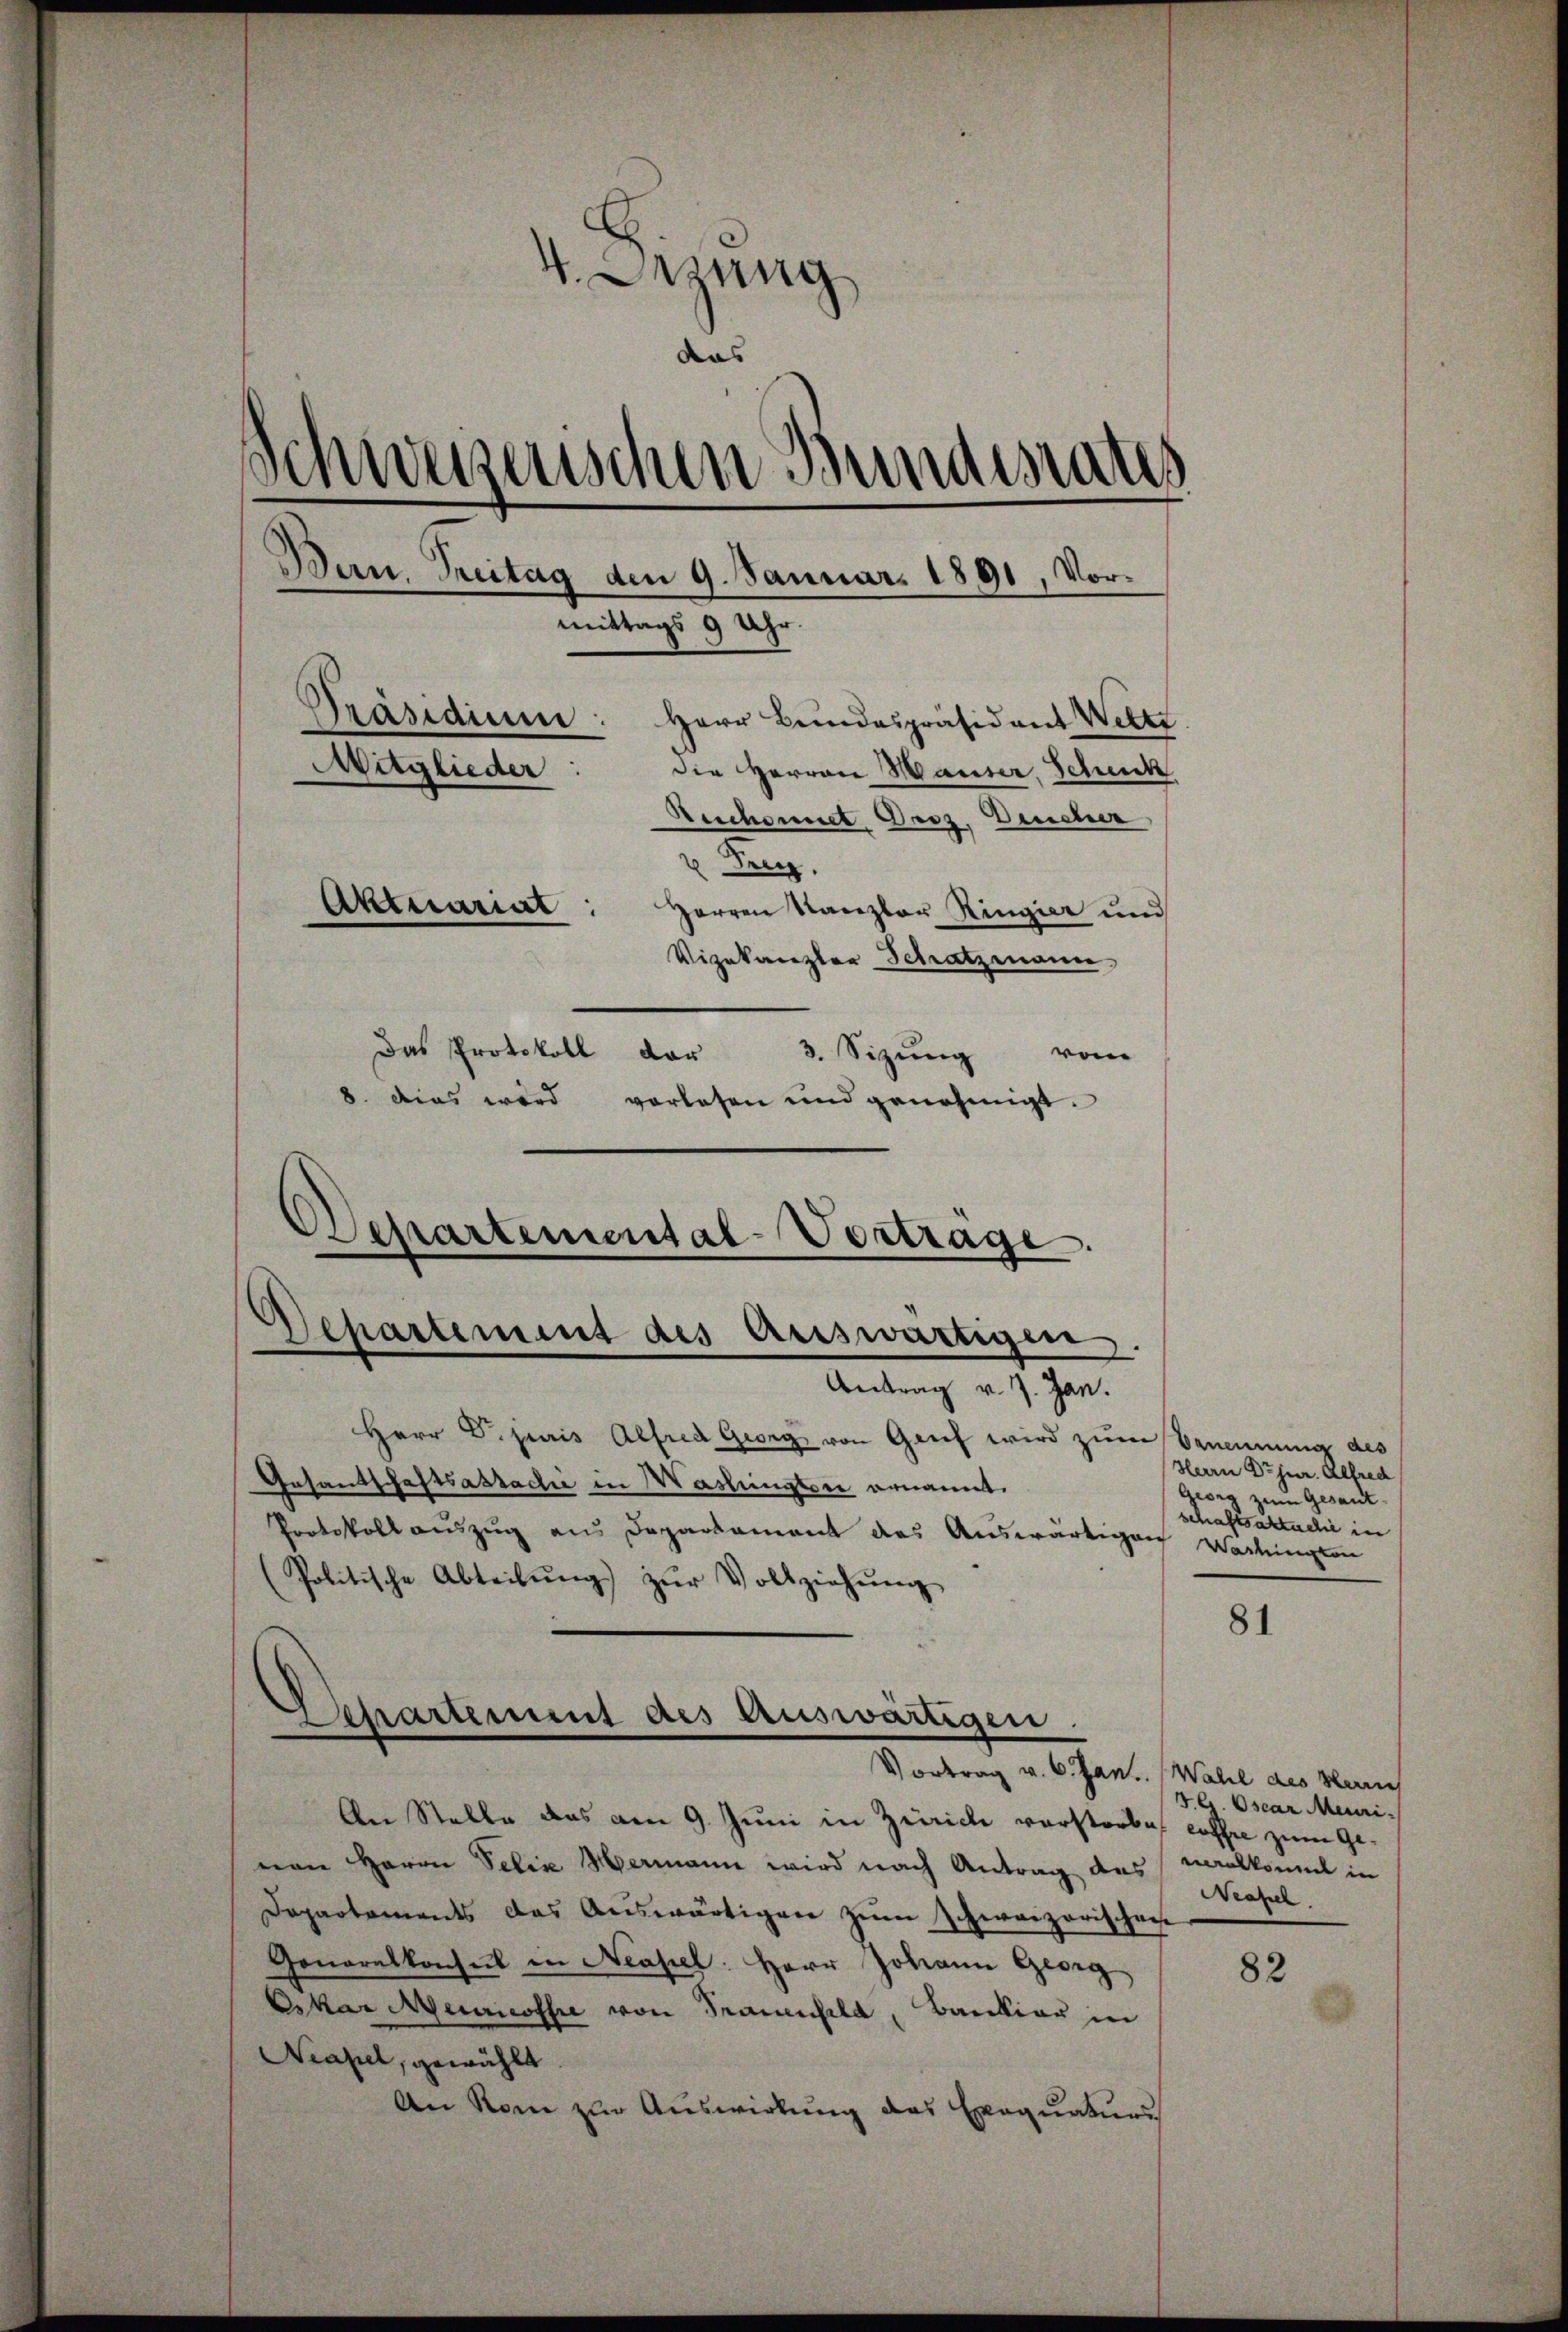
V. Dezung
das
Schwerzenschen Bundesrates
Bern, Treitag den 9. Januar 1891, Vormittags 9 Uhr
Drasaum
Herr Bundespräsident Wette
Mitglieder
die Herren Hauser, Schuck
Reichennet Droz, Deucher
x Frey
Aktuariat
Herren Kanzler Ringier und
Vizekanzler Schatzmann
Das Protokoll dar
von
3. Sizung
8. dies wird vorlesen und genehmigt.

Departemental-Vertrage
Departement des Auswärtigen.
Antrag v. J. Jan.

Herr Dr. juris Alfred Gweg von Grief wird zum Benennung des
Gesandschaftsastadić in Washingten ernannt.
Protokoll auszug aus Departament das Auswärtigen Washington
(Politische Abteilŭng zŭr Vollziehŭng

Separtement des Auswärtigen.
Vortrag v. 6. Jan. Wahl des Herrn

Herrn Dr jur. Alfred
" zum Gesamt-
rea er auch in

An Stelle das am 9. Juni in Zürich verstorbe, coffre zum Genen Herrn Felix Hermann wird nach Antrag des meralkomit in
Departements das Auswärtigen zum Schweizerischen
Generalkonsul in Neapel: Herr Johann Georg
Oskar Neuricoffe von Frauenfeld, Bankiar in
Neapel, gewählt.
An Rom zur Auswirkung des Exequaturs

81

F. C. Oscar Meuri
Wapel.

82